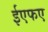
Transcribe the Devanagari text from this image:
ईएफए